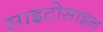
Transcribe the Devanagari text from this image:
साइटोसाइन